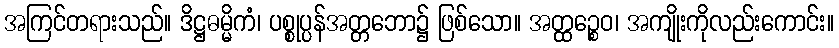
အကြင်တရားသည်။ ဒိဋ္ဌဓမ္မိကံ၊ ပစ္စုပ္ပန်အတ္တဘော၌ ဖြစ်သော။ အတ္ထဉ္စေဝ၊ အကျိုးကိုလည်းကောင်း။